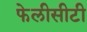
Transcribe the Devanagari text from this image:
फेलीसीटी